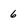
Character: 6